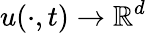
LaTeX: u(\cdot,t)\rightarrow\mathbb{R}^{d}